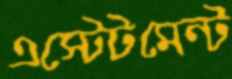
এস্টেটমেন্ট